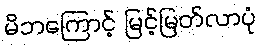
မိဘကြောင့် မြင့်မြတ်လာပုံ